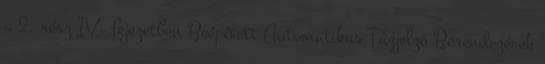
a 2. rész IV. fejezetben Beépített Automatikus Tûzjelzõ Berendezések